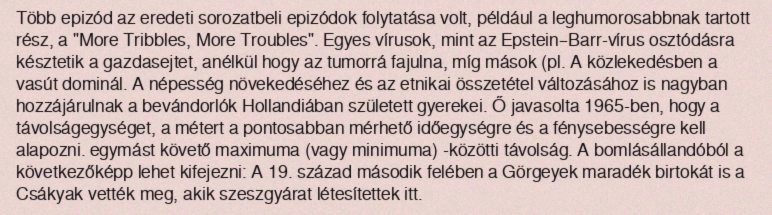
Több epizód az eredeti sorozatbeli epizódok folytatása volt, például a leghumorosabbnak tartott rész, a "More Tribbles, More Troubles". Egyes vírusok, mint az Epstein–Barr-vírus osztódásra késztetik a gazdasejtet, anélkül hogy az tumorrá fajulna, míg mások (pl. A közlekedésben a vasút dominál. A népesség növekedéséhez és az etnikai összetétel változásához is nagyban hozzájárulnak a bevándorlók Hollandiában született gyerekei. Ő javasolta 1965-ben, hogy a távolságegységet, a métert a pontosabban mérhető időegységre és a fénysebességre kell alapozni. egymást követő maximuma (vagy minimuma) -közötti távolság. A bomlásállandóból a következőképp lehet kifejezni: A 19. század második felében a Görgeyek maradék birtokát is a Csákyak vették meg, akik szeszgyárat létesítettek itt.